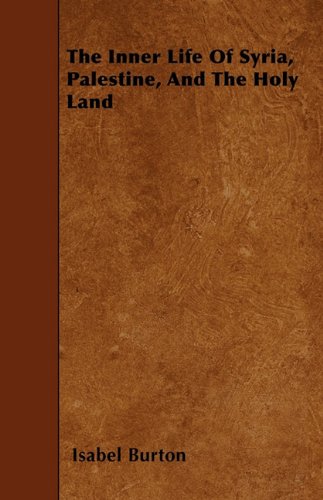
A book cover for The Inner Life Of Syria, Palestine, And The Holy Land; Isabel Burton; Travel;